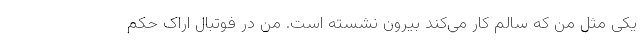
یکی مثل من که سالم کار می‌کند بیرون نشسته است. من در فوتبال اراک حکم